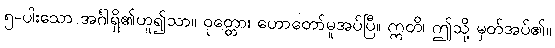
၅-ပါးသော အင်္ဂါရှိ၏ဟူ၍သာ။ ဝုတ္တော၊ ဟောတော်မူအပ်ပြီ။ ဣတိ၊ ဤသို့ မှတ်အပ်၏။